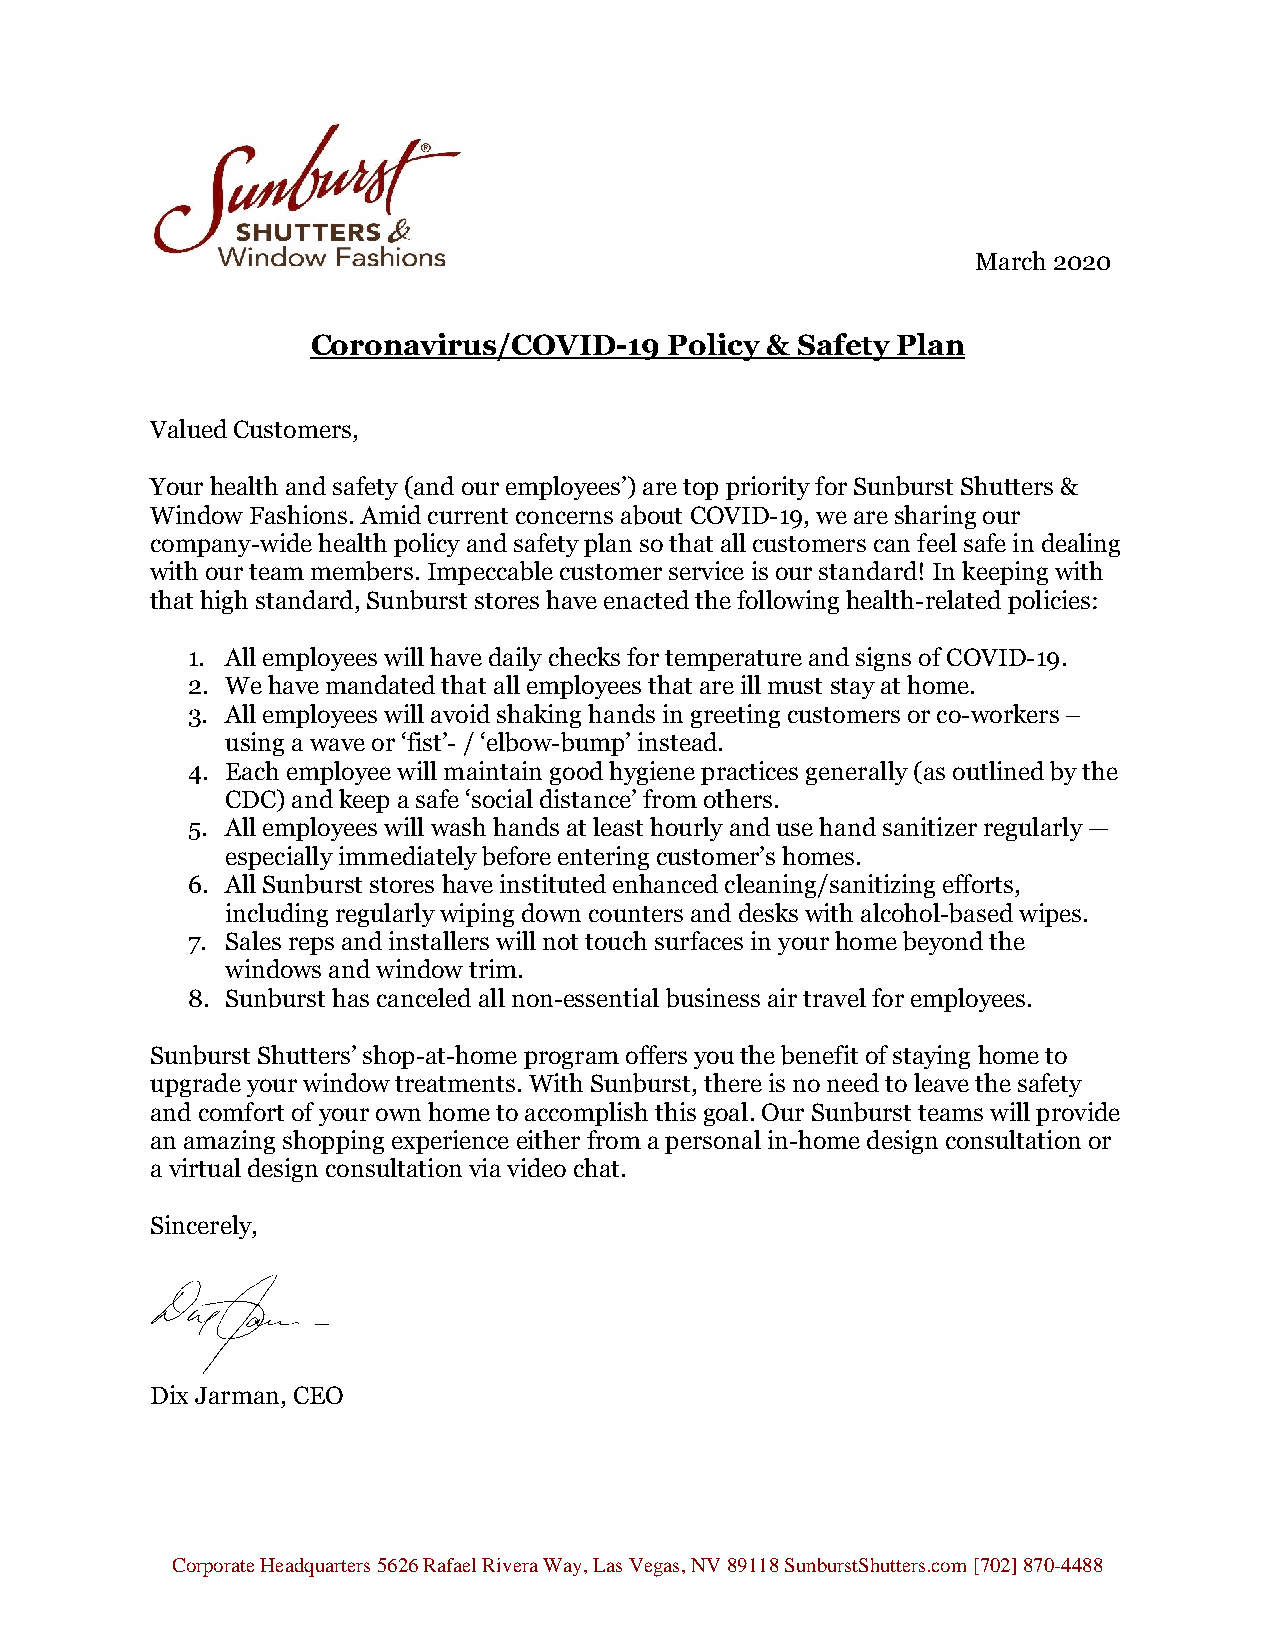
March 2020
 Coronavirus/COVID-19   Policy & Safety Plan
 Valued Customers,
 Your health and safety (and our employees’) are top priority for Sunburst Shutters &
 Window Fashions. Amid current concerns about COVID-19, we are sharing our
 company-wide health policy and safety plan so that all customers can feel safe in dealing
 with our team members. Impeccable customer service is our standard! In keeping with
 that high standard, Sunburst stores have enacted the following health-related policies:
 1. All employees will have daily checks for temperature and signs of COVID-19.
 2. We have mandated that all employees that are ill must stay at home.
 3. All employees will avoid shaking hands in greeting customers or co-workers –
 using a wave or ‘fist’- / ‘elbow-bump’ instead.
 4. Each employee will maintain good hygiene practices generally (as outlined by the
 CDC) and keep a safe ‘social distance’ from others.
 5. All employees will wash hands at least hourly and use hand sanitizer regularly —
 especially immediately before entering customer’s homes.
 6. All Sunburst stores have instituted enhanced cleaning/sanitizing efforts,
 including regularly wiping down counters and desks with alcohol-based wipes.
 7. Sales reps and installers will not touch surfaces in your home beyond the
 windows and window trim.
 8. Sunburst has canceled all non-essential business air travel for employees.
 Sunburst Shutters’ shop-at-home program offers you the benefit of staying home to
 upgrade your window treatments. With Sunburst, there is no need to leave the safety
 and comfort of your own home to accomplish this goal. Our Sunburst teams will provide
 an amazing shopping experience either from a personal in-home design consultation or
 a virtual design consultation via video chat.
 Sincerely,
 Dix Jarman, CEO
 Corporate Headquarters 5626 Rafael Rivera Way, Las Vegas, NV 89118 SunburstShutters.com [702] 870-4488